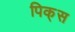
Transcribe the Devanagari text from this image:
पिक्‌स